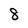
Character: 8